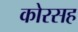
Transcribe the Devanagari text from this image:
कोरसह